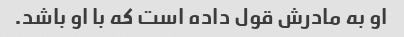
او به مادرش قول داده است که با او باشد.